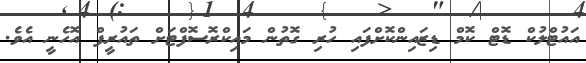
އައުޓްލުކް ޑޮޓް ކޮމް ޑިޒައިންކޮށްފައި ހުރި ގޮތުން މައިކްރޮސޮފްޓަށް ތައުރީފް އޮހެނީ އެވެ.